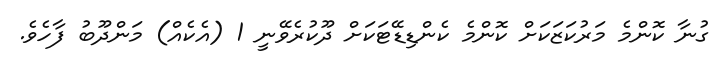
ގުނާ ކޮންމެ މަރުކަޒަކަށް ކޮންމެ ކެންޑިޑޭޓަކަށް ދޫކުރެވޭނީ 1 (އެކެއް) މަންދޫބު ފާހެވެ.